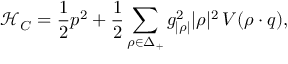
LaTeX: \mathcal { H } _ { C } = { \frac { 1 } { 2 } } p ^ { 2 } + { \frac { 1 } { 2 } } \sum _ { \rho \in \Delta _ { + } } { g _ { | \rho | } ^ { 2 } | \rho | ^ { 2 } } \, V ( \rho \cdot q ) ,